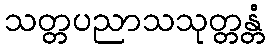
သတ္တပညာသသုတ္တန္တံ